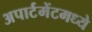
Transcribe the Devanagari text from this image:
अपार्टमेंटमध्ये